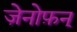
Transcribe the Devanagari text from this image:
ज़ेनोफ़न्